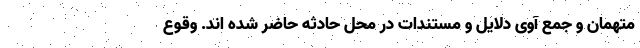
متهمان و جمع آوی دلایل و مستندات در محل حادثه حاضر شده اند. وقوع